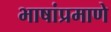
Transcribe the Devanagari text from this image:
भाषांप्रमाणे